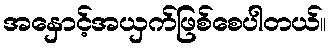
အနှောင့်အယှက်ဖြစ်စေပါတယ်။